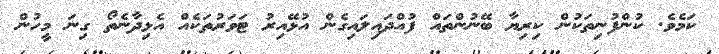
ކަމެވެ. ކުންފުނިތަކުން ކިރިޔާ ބޭނުންތައް ފުއްދައިލައިގެން އުޅޭއިރު ޓަވަރުތަކެއް އެޅިދާނެތޯ ގިނަ މީހުން